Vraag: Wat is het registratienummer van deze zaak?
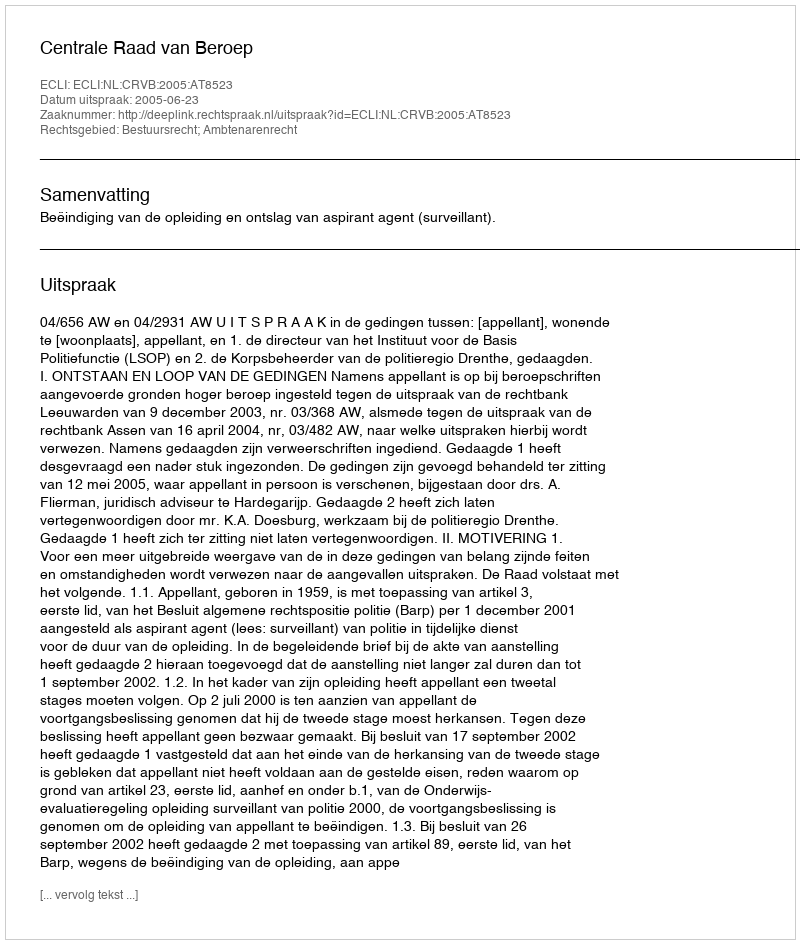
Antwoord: http://deeplink.rechtspraak.nl/uitspraak?id=ECLI:NL:CRVB:2005:AT8523